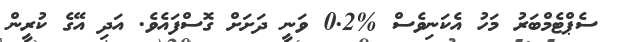
ސެޕްޓެމްބަރު މަހު އެކަނިވެސް %0.2 ވަނީ ދަށަށް ގޮސްފައެވެ. އަދި އޭގެ ކުރީން